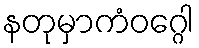
နတုမှာကံဝဂ္ဂေါ